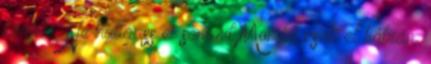
kérlek: Ne hallgass el semmit Mondd csak el bátran: